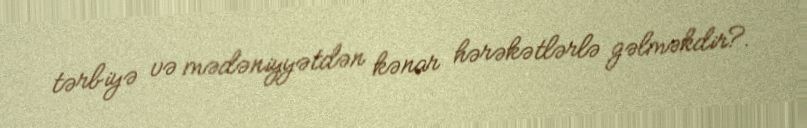
tərbiyə və mədəniyyətdən kənar hərəkətlərlə gəlməkdir?.